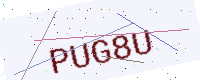
Text: PUG8U